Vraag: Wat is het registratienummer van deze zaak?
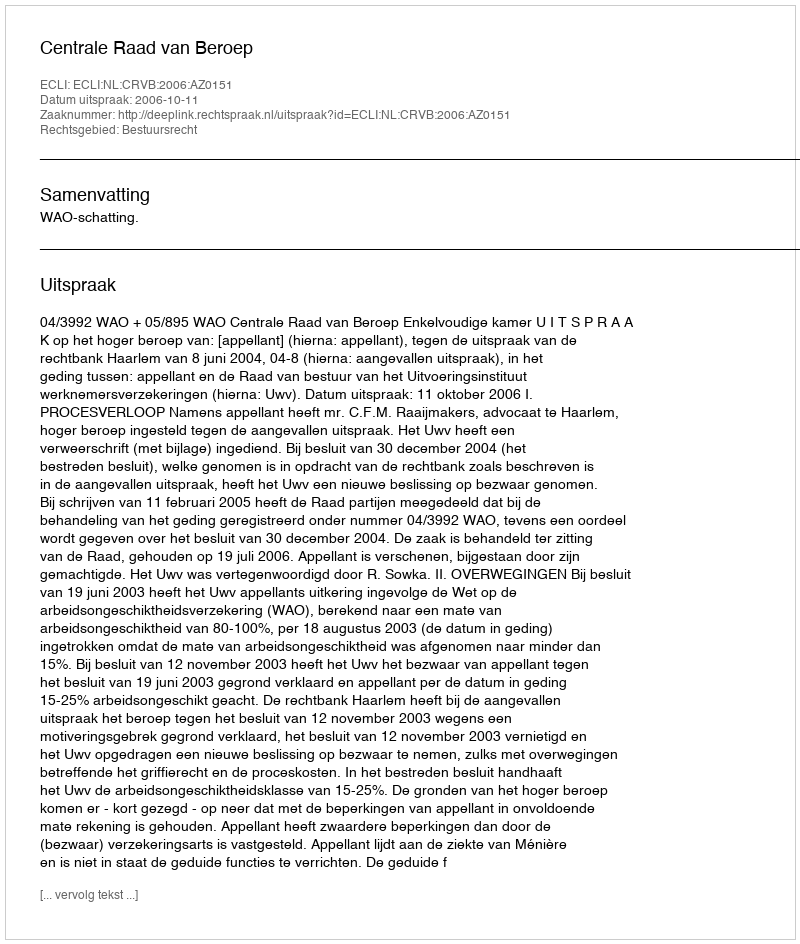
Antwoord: http://deeplink.rechtspraak.nl/uitspraak?id=ECLI:NL:CRVB:2006:AZ0151